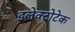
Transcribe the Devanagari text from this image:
इलेक्ट्रोटेक